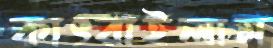
কাৎরাইলাম